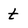
Character: t